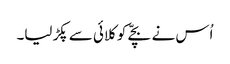
اُس نے بچّے کو کلائی سے پکڑ لیا۔